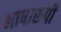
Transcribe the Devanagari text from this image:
भाषारूपी